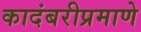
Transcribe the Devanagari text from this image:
कादंबरीप्रमाणे